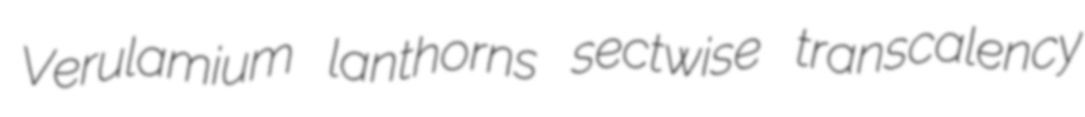
Verulamium lanthorns sectwise transcalency